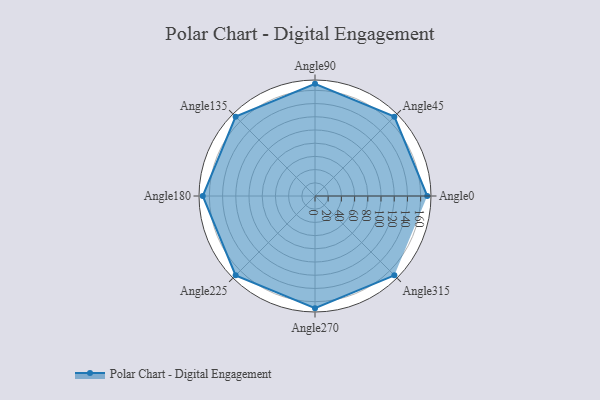
{"axis": {"x": "Angle", "y": "Radius"}, "legend": [""], "data": [{"x": "Angle0", "y": 170, "type": ""}, {"x": "Angle45", "y": 170, "type": ""}, {"x": "Angle90", "y": 170, "type": ""}, {"x": "Angle135", "y": 170, "type": ""}, {"x": "Angle180", "y": 170, "type": ""}, {"x": "Angle225", "y": 170, "type": ""}, {"x": "Angle270", "y": 170, "type": ""}, {"x": "Angle315", "y": 170, "type": ""}]}